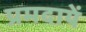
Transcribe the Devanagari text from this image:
प्रमदायें